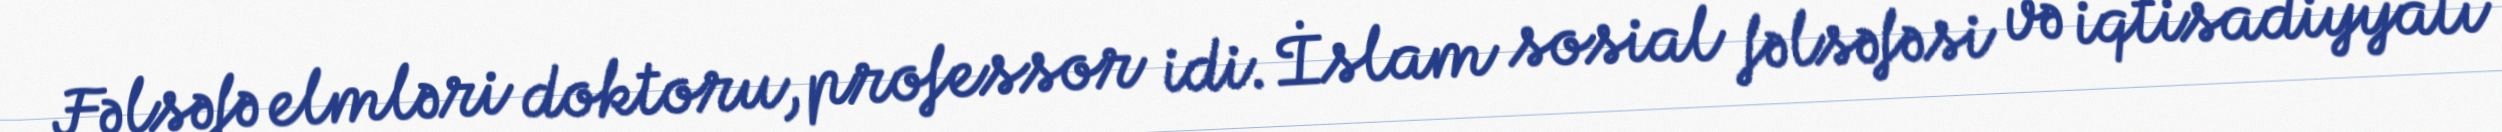
Fəlsəfə elmləri doktoru, professor idi. İslam sosial fəlsəfəsi və iqtisadiyyatı